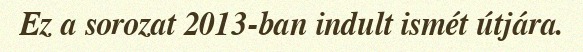
Ez a sorozat 2013-ban indult ismét útjára.